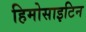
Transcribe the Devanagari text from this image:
हिमोसाइटिन